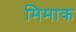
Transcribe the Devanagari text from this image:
मिमाक